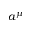
a ^ { \mu }